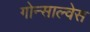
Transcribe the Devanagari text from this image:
गोन्साल्वेस